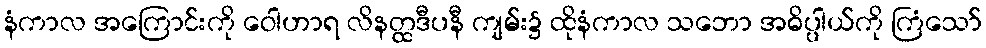
နံကာလ အကြောင်းကို ဝေါဟာရ လိနတ္ထဒီပနီ ကျမ်း၌ ထိုနံကာလ သဘော အဓိပ္ပါယ်ကို ကြံသော်